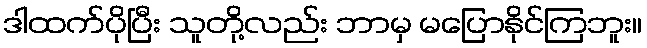
ဒါထက်ပိုပြီး သူတို့လည်း ဘာမှ မပြောနိုင်ကြဘူး။